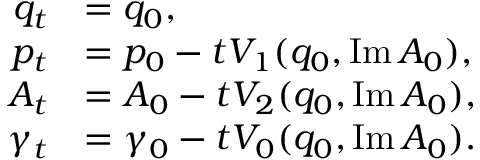
\begin{array} { r l } { q _ { t } } & { = q _ { 0 } , } \\ { p _ { t } } & { = p _ { 0 } - t V _ { 1 } ( q _ { 0 } , \operatorname { I m } A _ { 0 } ) , } \\ { A _ { t } } & { = A _ { 0 } - t V _ { 2 } ( q _ { 0 } , \operatorname { I m } A _ { 0 } ) , } \\ { \gamma _ { t } } & { = \gamma _ { 0 } - t V _ { 0 } ( q _ { 0 } , \operatorname { I m } A _ { 0 } ) . } \end{array}